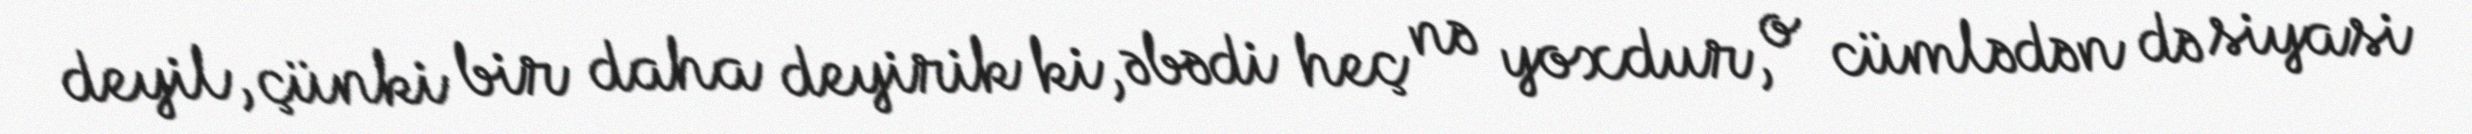
deyil, çünki bir daha deyirik ki, əbədi heç nə yoxdur, o cümlədən də siyasi